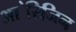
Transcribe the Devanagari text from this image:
आ॓रिजिन